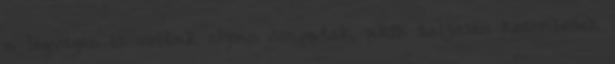
a legvegen is voltak olyan csapatok, akik teljesen kozombosek